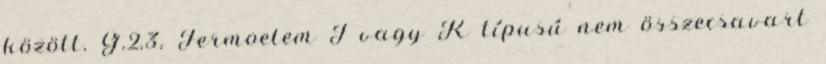
között. G.2.3. Termoelem J vagy K típusú nem összecsavart